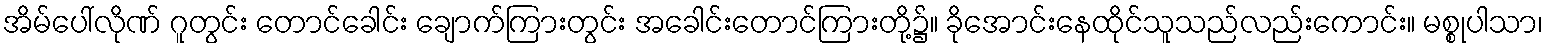
အိမ်ပေါ်လိုဏ် ဂူတွင်း တောင်ခေါင်း ချောက်ကြားတွင်း အခေါင်းတောင်ကြားတို့၌။ ခိုအောင်းနေထိုင်သူသည်လည်းကောင်း။ မစ္စုပါသာ၊